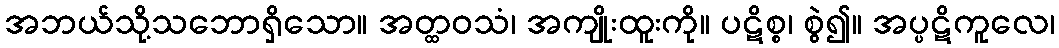
အဘယ်သို့သဘောရှိသော။ အတ္ထဝသံ၊ အကျိုးထူးကို။ ပဋိစ္စ၊ စွဲ၍။ အပ္ပဋိကူလေ၊